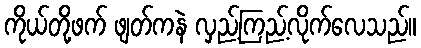
ကိုယ်တို့ဖက် ဖျတ်ကနဲ လှည့်ကြည့်လိုက်လေသည်။